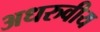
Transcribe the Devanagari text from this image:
अधरुवीय